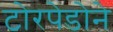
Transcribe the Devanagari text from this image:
टोरपेडोने